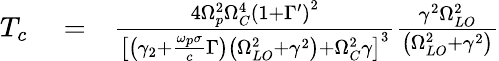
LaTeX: \begin{array}{rlr}{T_{c}}&{{}=}&{\frac{4\Omega_{p}^{2}\Omega_{C}^{4}\left(1+\Gamma^{\prime}\right)^{2}}{\left[\left(\gamma_{2}+\frac{\omega_{p}\sigma}{c}\Gamma\right)\left(\Omega_{LO}^{2}+\gamma^{2}\right)+\Omega_{C}^{2}\gamma\right]^{3}}\frac{\gamma^{2}\Omega_{LO}^{2}}{\left(\Omega_{LO}^{2}+\gamma^{2}\right)}}\end{array}